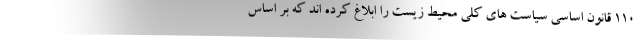
۱۱۰ قانون اساسی سیاست های کلی محیط زیست را ابلاغ کرده اند که بر اساس